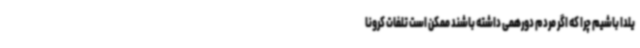
یلدا باشیم چرا که اگر مردم دورهمی داشته باشند ممکن است تلفات کرونا